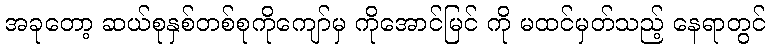
အခုတော့ ဆယ်စုနှစ်တစ်စုကိုကျော်မှ ကိုအောင်မြင် ကို မထင်မှတ်သည့် နေရာတွင်